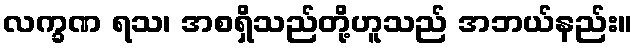
လက္ခဏ ရသ၊ အစရှိသည်တို့ဟူသည် အဘယ်နည်း။